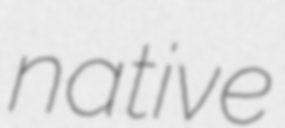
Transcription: native